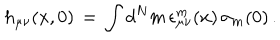
LaTeX: h _ { \mu \nu } ( x , 0 ) \, = \, \int d ^ { N } m \, \epsilon _ { \mu \nu } ^ { m } ( x ) \, \sigma _ { m } ( 0 ) \, .